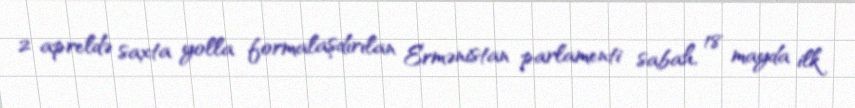
2 apreldə saxta yolla formalaşdırılan Ermənistan parlamenti sabah, 18 mayda ilk